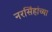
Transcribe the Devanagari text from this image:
नरसिंहांच्या